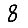
Digit: 8